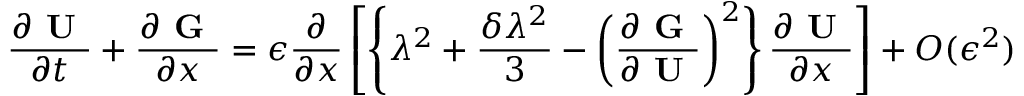
\frac { \partial \textbf { U } } { \partial t } + \frac { \partial \textbf { G } } { \partial x } = \epsilon \frac { \partial } { \partial x } \left[ \left\{ \lambda ^ { 2 } + \frac { \delta \lambda ^ { 2 } } { 3 } - \left( \frac { \partial \textbf { G } } { \partial \textbf { U } } \right) ^ { 2 } \right\} \frac { \partial \textbf { U } } { \partial x } \right] + O ( \epsilon ^ { 2 } )